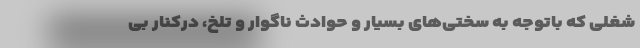
شغلی که باتوجه به سختی‌های بسیار و حوادث ناگوار و تلخ، درکنارِ بی